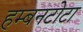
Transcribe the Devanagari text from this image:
हम्बनटोटा